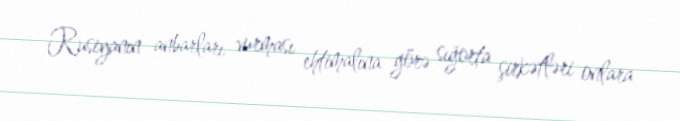
Rusiyanın anbarları vurması ehtimalına görə sığorta şirkətləri onlara